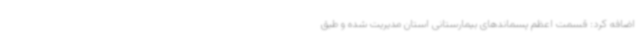
اضافه کرد: قسمت اعظم پسماندهای بیمارستانی استان مدیریت شده و طبق